画像に写った文字を読んでください
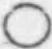
「○」と書いてあります